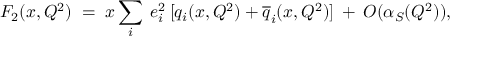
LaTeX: F _ { 2 } ( x , Q ^ { 2 } ) \; = \; x \sum _ { i } \: e _ { i } ^ { 2 } \: [ q _ { i } ( x , Q ^ { 2 } ) + \overline { { { q } } } _ { i } ( x , Q ^ { 2 } ) ] \: + \: O ( \alpha _ { S } ( Q ^ { 2 } ) ) ,